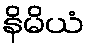
နိမိယံ